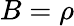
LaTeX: B=\rho